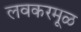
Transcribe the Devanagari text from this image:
लवकरमूळ